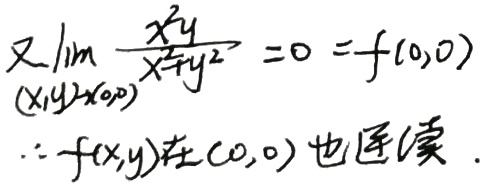
又\(\lim_{(x,y)\to(0,0)} \frac{x^{2}y}{x^{2}+y^{2}} = 0 = f(0,0)\)，\(\therefore f(x,y)\)在\((0,0)\)也连续。